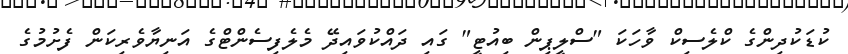
ކުޑަކުދިންގެ ކްލެސިކް ވާހަކަ "ސްލީޕިން ބިއުޓީ" ގައި ދައްކުވައިދޭ މެލެފިސެންޓްގެ އަނިޔާވެރިކަން ފެށުމުގެ